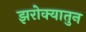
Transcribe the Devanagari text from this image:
झरोक्यातुन